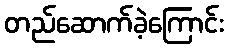
တည်ဆောက်ခဲ့ကြောင်း